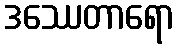
ဒဿေတာရော